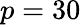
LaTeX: p=30